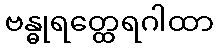
ဗန္ဓုရတ္ထေရဂါထာ